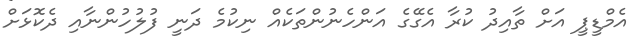
އެމްޑީޕީ އަށް ތާއިދު ކުރާ އެގޭގެ އަންހެނުންތަކެއް ނިކުމެ ދަނީ ފުލުހުންނާއި ދެކޮޅަށް